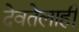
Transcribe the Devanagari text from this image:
देवतेलाही